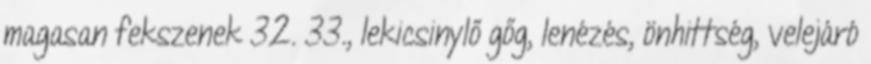
magasan fekszenek 32. 33., lekicsinylő gőg, lenézés, önhittség, velejáró